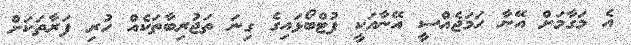
އެ މަގާމަށް އޭނާ ހަމަޖެއްސީ އޭނާއަކީ ފުޓްބޯޅައިގެ ގިނަ ތަޖުރިބާތަކެއް ހުރި ފަރާތަކަށް